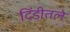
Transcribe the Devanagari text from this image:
दिंडीतले